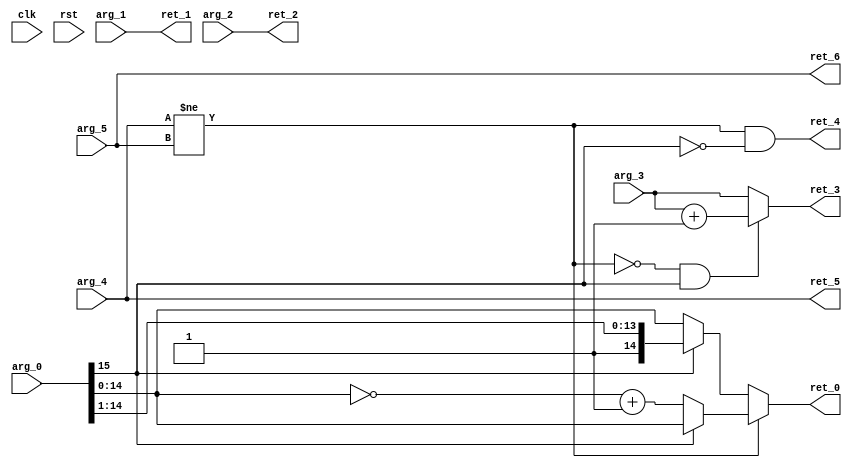
module FP16BAddSubS3Of5(
 input 	       clk,
 input 	       rst,
 input [15:0]  arg_0,
 input 	       arg_1,
 input 	       arg_2,
 input [7:0]   arg_3,
 input 	       arg_4,
 input 	       arg_5,
 output [14:0] ret_0,
 output        ret_1,
 output        ret_2,
 output [7:0]  ret_3,
 output        ret_4,
 output        ret_5,
 output        ret_6);
   wire [15:0] r;
   wire        xs;
   wire        ys;
   wire [7:0]  e;
   wire        xn;
   wire        yn;
   wire        diff_sign;
   wire        with_carry;
   wire        neg;
   wire [14:0] neg_r;
   wire [14:0] half_r;
   wire [14:0] r_diff;
   wire [14:0] r_same;
   wire [14:0] r_final;
   wire [7:0]  eplus;
   wire [7:0]  e_final;
   assign r = arg_0;
   assign xs = arg_1;
   assign ys = arg_2;
   assign e = arg_3;
   assign xn = arg_4;
   assign yn = arg_5;
   assign diff_sign = (xn != yn);
   assign with_carry = r[15:15];
   assign neg_r = (~r) + 1;
   assign half_r = r[15:1];
   assign neg = diff_sign & !with_carry;
   assign eplus = e + 1;
   assign r_diff = with_carry ? r[14:0] : neg_r;
   assign r_same = with_carry ? half_r : r[14:0];
   assign r_final = diff_sign ? r_diff : r_same;
   assign e_final = (!diff_sign && with_carry) ? eplus : e;
   assign ret_0 = r_final;
   assign ret_1 = xs;
   assign ret_2 = ys;
   assign ret_3 = e_final;
   assign ret_4 = neg;
   assign ret_5 = xn;
   assign ret_6 = yn;
endmodule